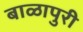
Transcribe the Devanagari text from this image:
बाळापुरी